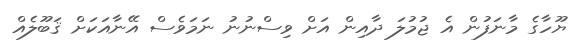
ޔޫހާގެ މާނަފުން އެ ޖުމުލަ ދާއިން އަށް ވިސްނުނު ނަމަވެސް އޭނާއަކަށް ޤަބޫލެއް